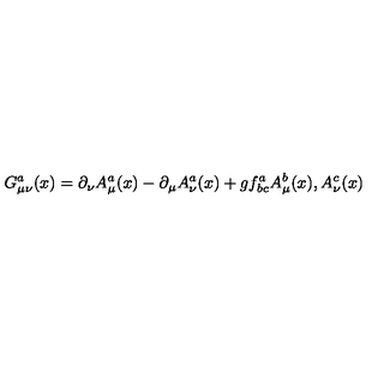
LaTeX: G _ { \mu \nu } ^ { a } ( x ) = \partial _ { \nu } A _ { \mu } ^ { a } ( x ) - \partial _ { \mu } A _ { \nu } ^ { a } ( x ) + g f _ { b c } ^ { a } A _ { \mu } ^ { b } ( x ) , A _ { \nu } ^ { c } ( x )